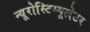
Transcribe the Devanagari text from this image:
न्यूरोस्टिम्यूलेटर